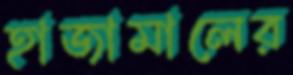
হাজামালের